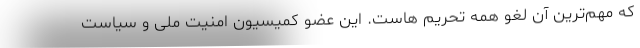
که مهم‌ترین آن لغو همه تحریم هاست. این عضو کمیسیون امنیت ملی و سیاست